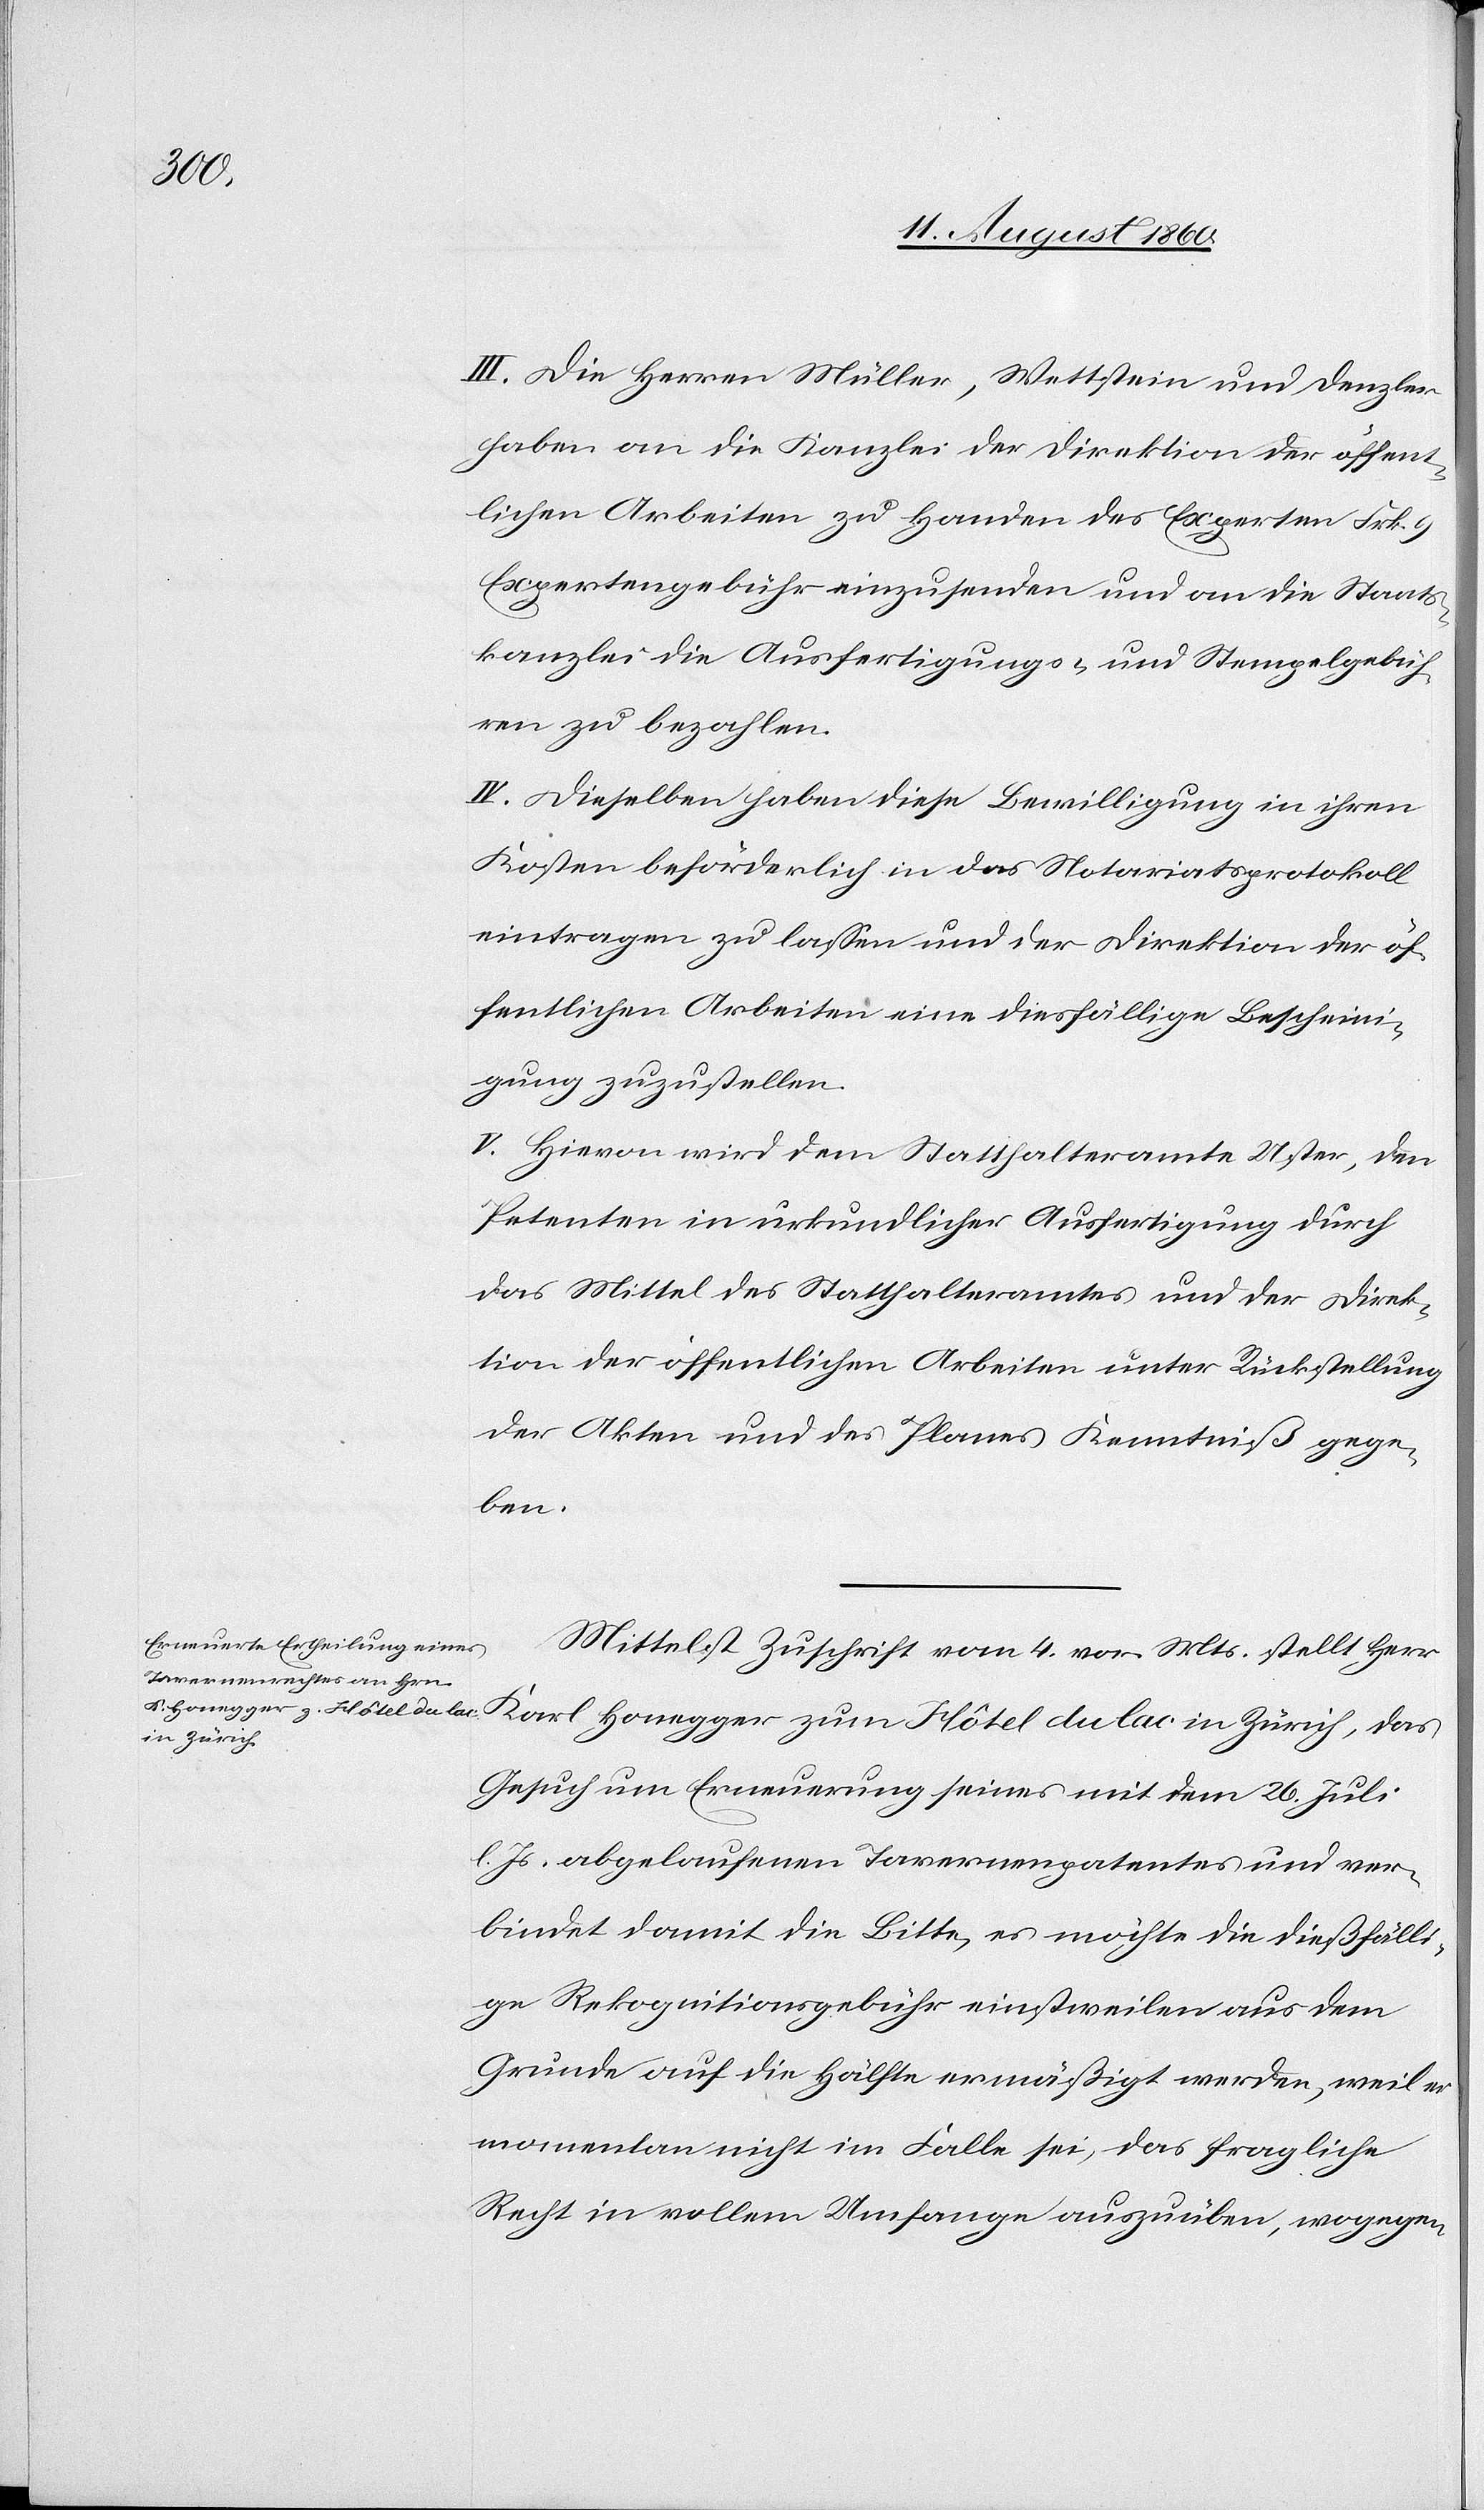
III. Die Herren Müller, Wettstein und Denzler
haben an die Kanzlei der Direktion der öffent¬
lichen Arbeiten zu Handen des Experten fcs. 9
Expertengebühr einzusenden und an die Staats¬
kanzlei die Ausfertigungs- u. Stempelgebüh¬
ren zu bezahlen.
IV. Dieselben haben diese Bewilligung in ihren
Kosten beförderlich in das Notariatsprotokoll
eintragen zu lassen und der Direktion der öf¬
fentlichen Arbeiten eine diesfällige Bescheini¬
gung zuzustellen.
V. Hievon wird dem Statthalteramte Uster, den
Petenten in urkundlicher Ausfertigung durch
das Mittel des Statthalteramtes und der Direk¬
tion der öffentlichen Arbeiten unter Rückstellung
der Akten und des Planes, Kenntniss gege¬
ben.
Mittelst Zuschrift vom 4 v. Mts. stellt Herr
in Zürich
Gesuch um Erneuerung seines mit dem 26. Juli
d. Js. abgelaufenen Tavernenpatentes und ver¬
bindet damit die Bitte, es möchte die diesfälli¬
ge Rekognitionsgebühr einstweilen aus dem
Grunde auf die Hälfte ermässigt werden, weil er
momentan nicht im Falle sie, das fragliche
Recht in vollem Umfang auszuüben, wogegen